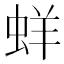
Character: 蛘